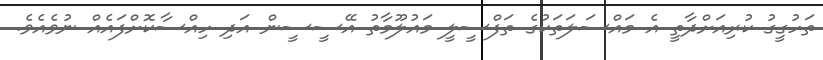
ތަހުގީގު ކުރިއަށްދާތީ އެ މައްސަލަތަކުގެ ތަފްސީލީ މައުލޫމާތު އޭސީސީން އަދި ހިއްސާކޮށްފައެއް ނުވެއެވެ.